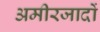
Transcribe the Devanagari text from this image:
अमीरजादों